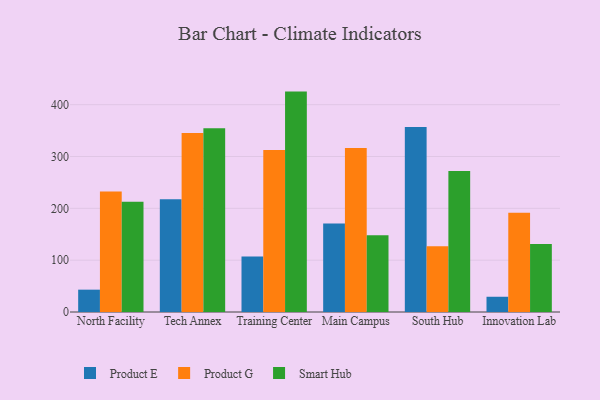
{"axis": {"x": "Campus", "y": "Churn Rate (%)"}, "legend": ["Product E", "Product G", "Smart Hub"], "data": [{"x": "North Facility", "y": 43.1, "type": "Product E"}, {"x": "North Facility", "y": 232.3, "type": "Product G"}, {"x": "North Facility", "y": 212.7, "type": "Smart Hub"}, {"x": "Tech Annex", "y": 217.6, "type": "Product E"}, {"x": "Tech Annex", "y": 345.4, "type": "Product G"}, {"x": "Tech Annex", "y": 354.6, "type": "Smart Hub"}, {"x": "Training Center", "y": 106.9, "type": "Product E"}, {"x": "Training Center", "y": 312.6, "type": "Product G"}, {"x": "Training Center", "y": 425.2, "type": "Smart Hub"}, {"x": "Main Campus", "y": 170.7, "type": "Product E"}, {"x": "Main Campus", "y": 316.2, "type": "Product G"}, {"x": "Main Campus", "y": 148.2, "type": "Smart Hub"}, {"x": "South Hub", "y": 357.1, "type": "Product E"}, {"x": "South Hub", "y": 126.9, "type": "Product G"}, {"x": "South Hub", "y": 272.1, "type": "Smart Hub"}, {"x": "Innovation Lab", "y": 29.4, "type": "Product E"}, {"x": "Innovation Lab", "y": 191.3, "type": "Product G"}, {"x": "Innovation Lab", "y": 131.0, "type": "Smart Hub"}]}